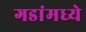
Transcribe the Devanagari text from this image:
गडांमध्ये